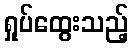
ရှုပ်ထွေးသည့်